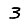
Digit: 3